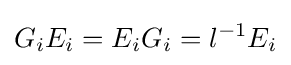
G_{i}E_{i}=E_{i}G_{i}=l^{-1}E_{i}